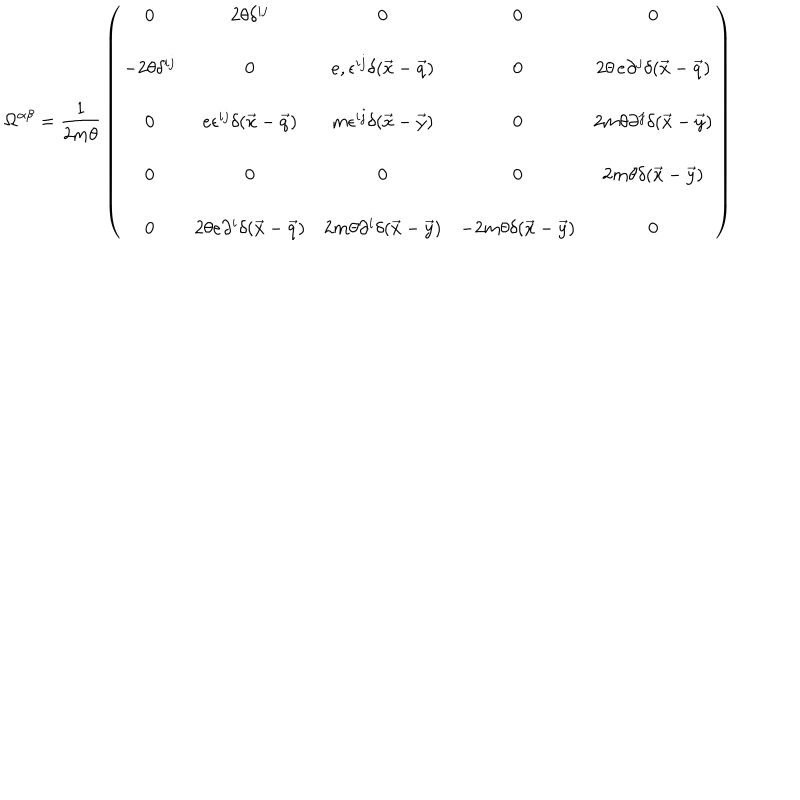
{ \Omega } ^ { \alpha \beta } = { \frac { 1 } { 2 m \theta } } \left( \begin{array} { c c c c c } { { 0 } } & { { 2 \theta \delta ^ { i j } } } & { { 0 } } & { { 0 } } & { { 0 } } \\ { { - 2 \theta \delta ^ { i j } } } & { { 0 } } & { { { e } , \epsilon ^ { i j } \delta ( \vec { x } - \vec { q } ) } } & { { 0 } } & { { 2 \theta \, e \partial ^ { j } \delta ( \vec { x } - \vec { q } ) } } \\ { { 0 } } & { { { e } \epsilon ^ { i j } \delta ( \vec { x } - \vec { q } ) } } & { { m \epsilon ^ { i j } \delta ( \vec { x } - \vec { y } ) } } & { { 0 } } & { { 2 m \theta \partial ^ { j } \delta ( \vec { x } - \vec { y } ) } } \\ { { 0 } } & { { 0 } } & { { 0 } } & { { 0 } } & { { 2 m \theta \delta ( \vec { x } - \vec { y } ) } } \\ { { 0 } } & { { 2 \theta { e } \partial ^ { i } \delta ( \vec { x } - \vec { q } ) } } & { { 2 m \theta \partial ^ { i } \delta ( \vec { x } - \vec { y } ) } } & { { - 2 m \theta \delta ( \vec { x } - \vec { y } ) } } & { { 0 } } \\ \end{array} \right)